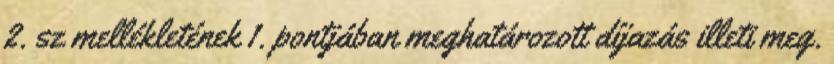
2. sz mellékletének 1. pontjában meghatározott díjazás illeti meg.